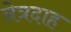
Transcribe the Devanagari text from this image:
नेत्रदाह